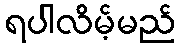
ရပါလိမ့်မည်